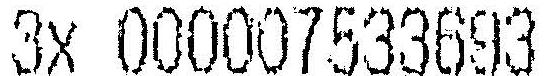
3X 000007533693